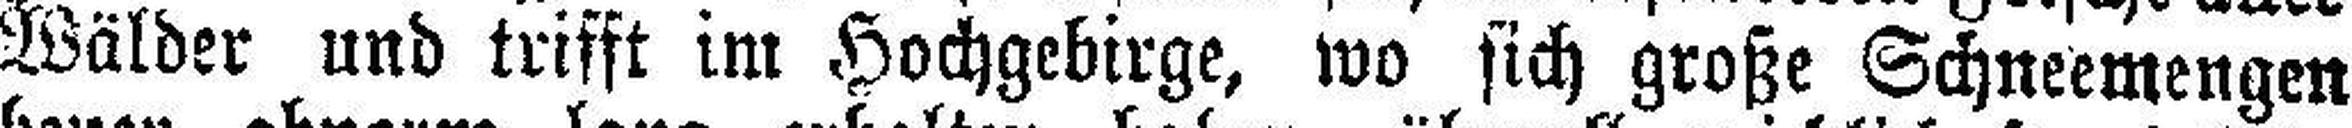
Wälder und trifft im Hochgebirge, wo sich große Schneemengen